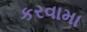
કરવામા